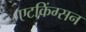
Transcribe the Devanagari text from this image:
एटकिंग्सन